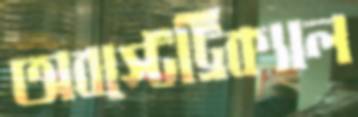
অবস্টেট্রিক্যাল